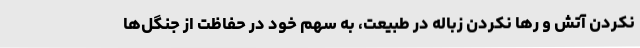
نکردن آتش و رها نکردن زباله در طبیعت، به سهم خود در حفاظت از جنگل‌ها